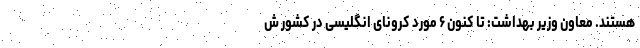
هستند. معاون وزیر بهداشت: تا کنون ۶ مورد کرونای انگلیسی در کشور ش